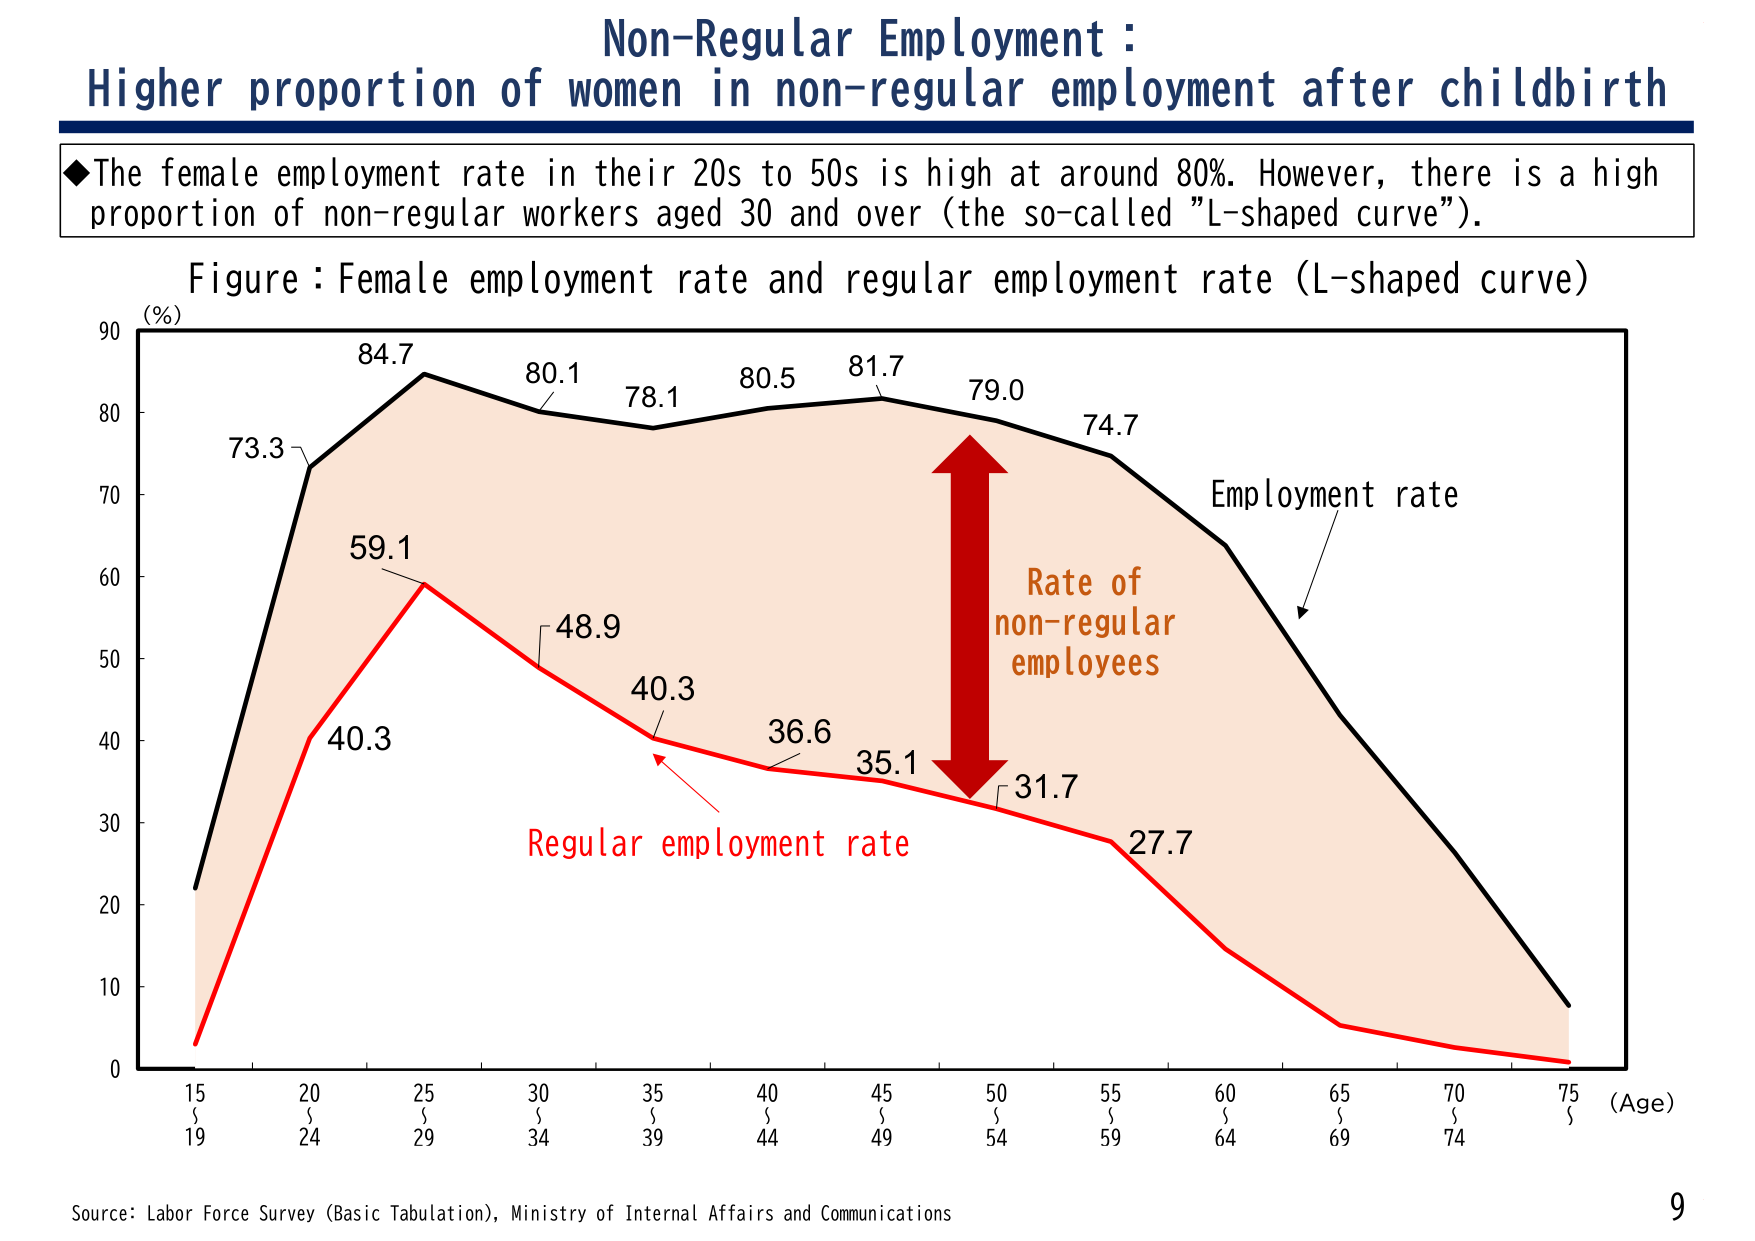
Non-Regular Employment :
Higher proportion of women in non-regular employment after childbirth

◆The female employment rate in their 20s to 50s is high at around 80%. However, there is a high proportion of non-regular workers aged 30 and over (the so-called "L-shaped curve").

Figure : Female employment rate and regular employment rate (L-shaped curve)

(%)
90
80
70
60
50
40
30
20
10
0

15
20
25
30
35
40
45
50
55
60
65
70
75
(Age)

19
24
29
34
39
44
49
54
59
64
69
74

73.3
84.7
80.1
78.1
80.5
81.7
79.0
74.7

59.1
40.3
48.9
40.3
36.6
35.1
31.7
27.7

Employment rate
Rate of non-regular employees
Regular employment rate

Source: Labor Force Survey (Basic Tabulation), Ministry of Internal Affairs and Communications
9